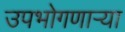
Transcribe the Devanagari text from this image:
उपभोगणार्‍या